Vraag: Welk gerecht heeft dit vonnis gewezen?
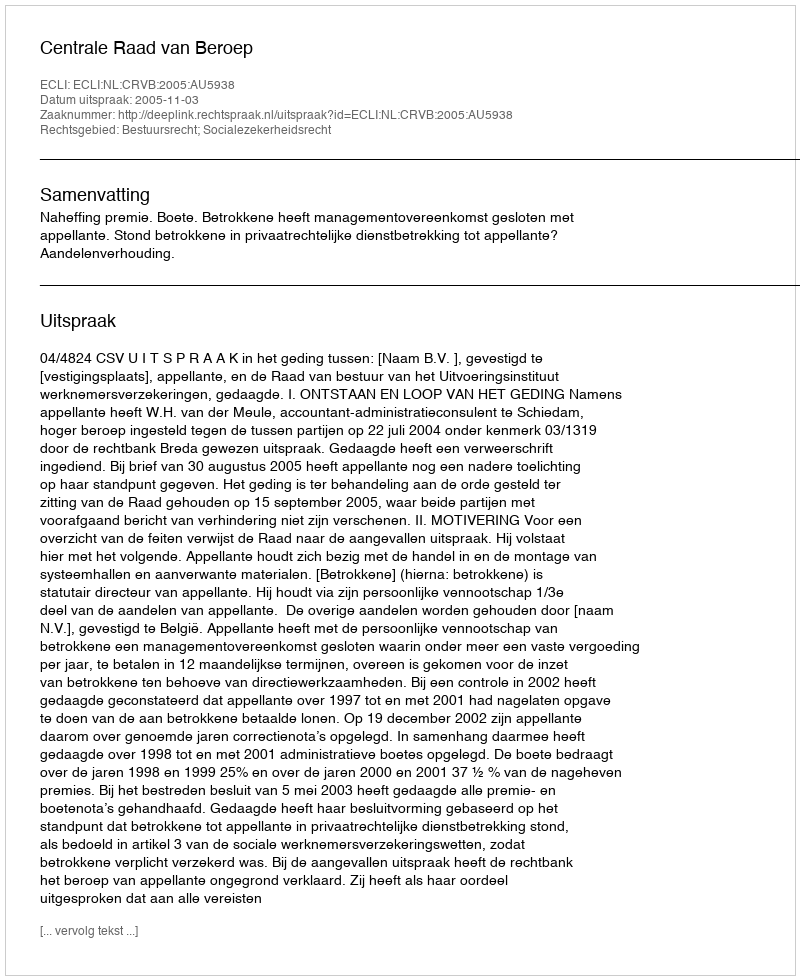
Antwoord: Centrale Raad van Beroep